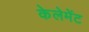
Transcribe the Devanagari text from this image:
केलेमेंट